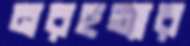
নরহত্যার